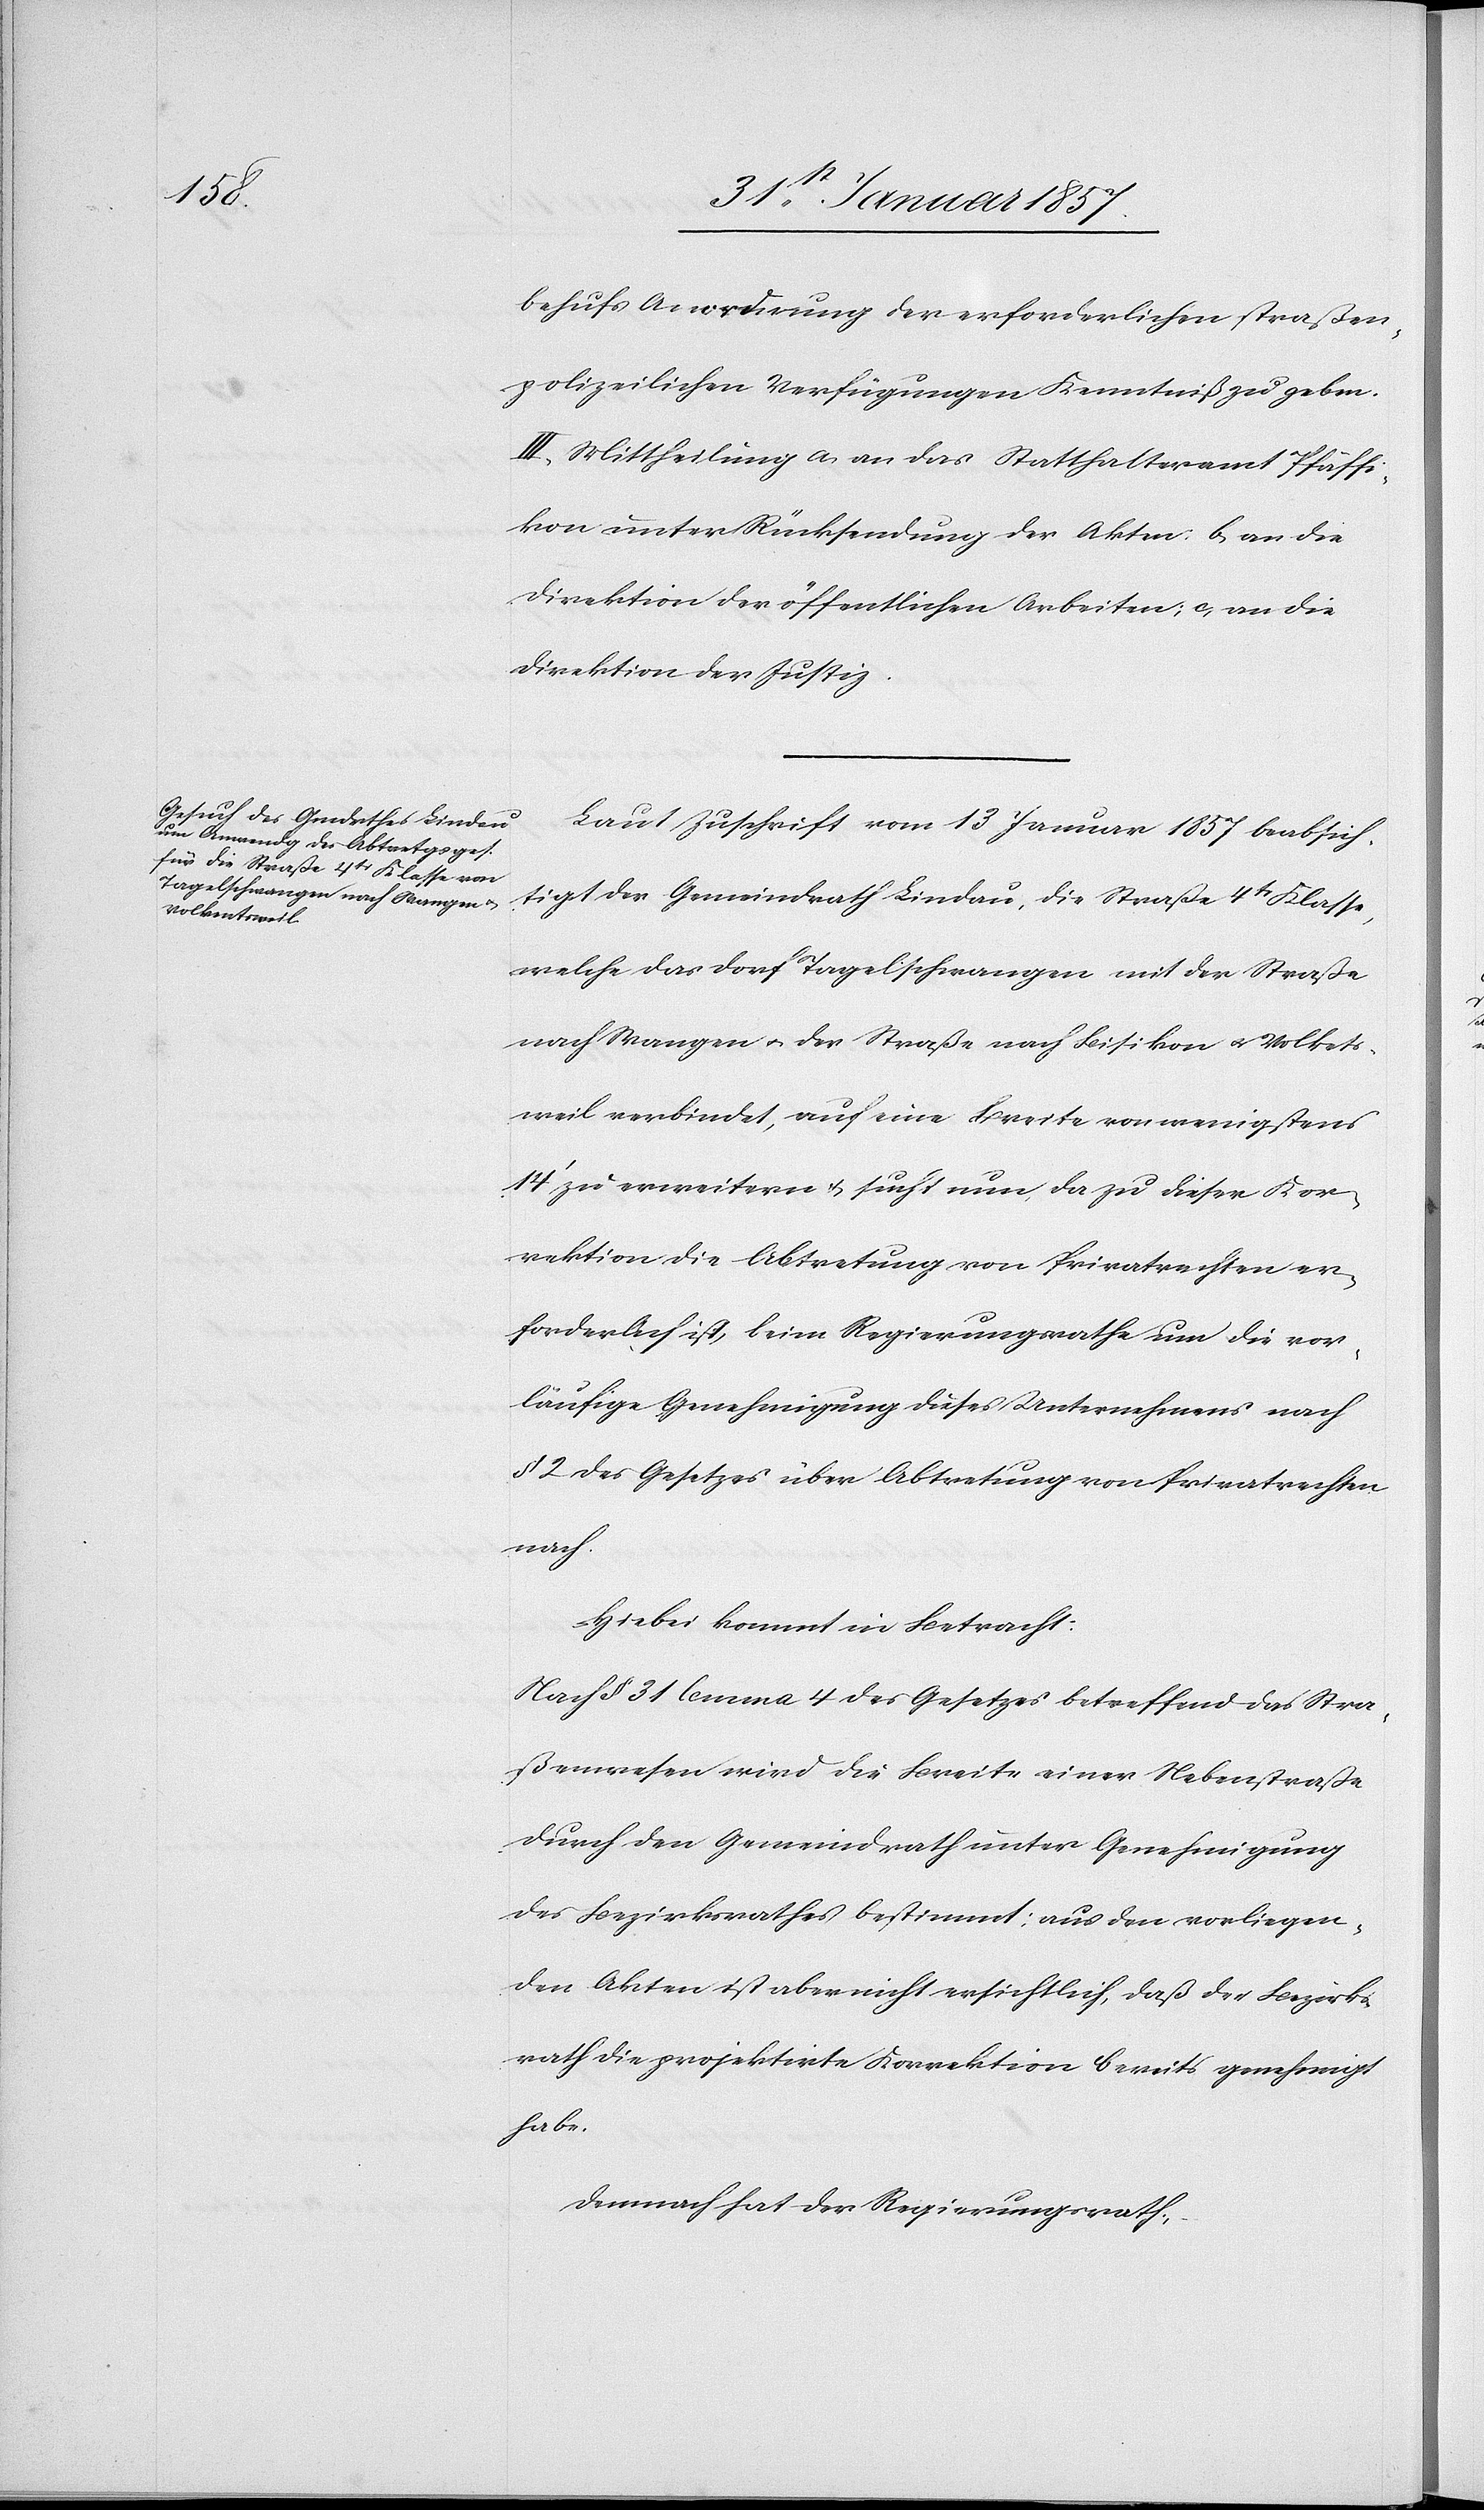
behufs Anordnung der erforderlichen straßen¬
polizeilichen Verfügungen Kenntniß zu geben.
III. Mittheilung a, an das Statthalteramt Pfäffi¬
kon unter Rücksendung der Akten: b, an die
Direktion der öffentlichen Arbeiten; c, an die
Direktion der Justiz.
Laut Zuschrift vom 13 Januar 1857 beabsich¬
tigt der Gemeindrath Lindau, die Straße 4tr Klasse,
welche das Dorf Tagelschwangen mit der Straße
nach Wangen u. der Straße nach Bisikon u. Volkets¬
weil verbindet, auf eine Breite von wenigstens
14‘ zu erweitern & sucht nun, da zu dieser Kor¬
rektion die Abtretung von Privatrechten er¬
forderlich ist, beim Regierungsrathe um die vor¬
läufige Genehmigung dieses Unternehmens nach
§ 2 des Gesetzes über Abtretung von Privatrechten
nach.
Hiebei kommt in Betracht:
Nach § 31 Lemma 4 des Gesetzes betreffend das Stra¬
ßenwesen wird die Breite einer Nebenstraße
durch den Gemeindrath unter Genehmigung
des Bezirksrathes bestimmt; aus den vorliegen¬
den Akten ist aber nicht ersichtlich, daß der Bezirks¬
rath die projektirte Korrektion bereits genehmigt
habe.
Demnach hat der Regierungsrath,